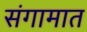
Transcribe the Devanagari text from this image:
संगामात